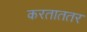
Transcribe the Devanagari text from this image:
करताततर